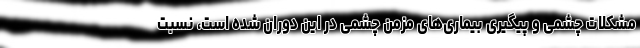
مشکلات چشمی و پیگیری بیماری‌های مزمن چشمی در این دوران شده است، نسبت